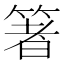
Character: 箸